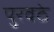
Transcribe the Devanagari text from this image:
पुरवठे